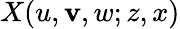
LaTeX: X(u,\mathbf{v},w;z,x)